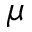
\mu